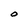
Character: O